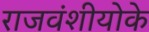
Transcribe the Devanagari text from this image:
राजवंशीयोके